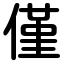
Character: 僅